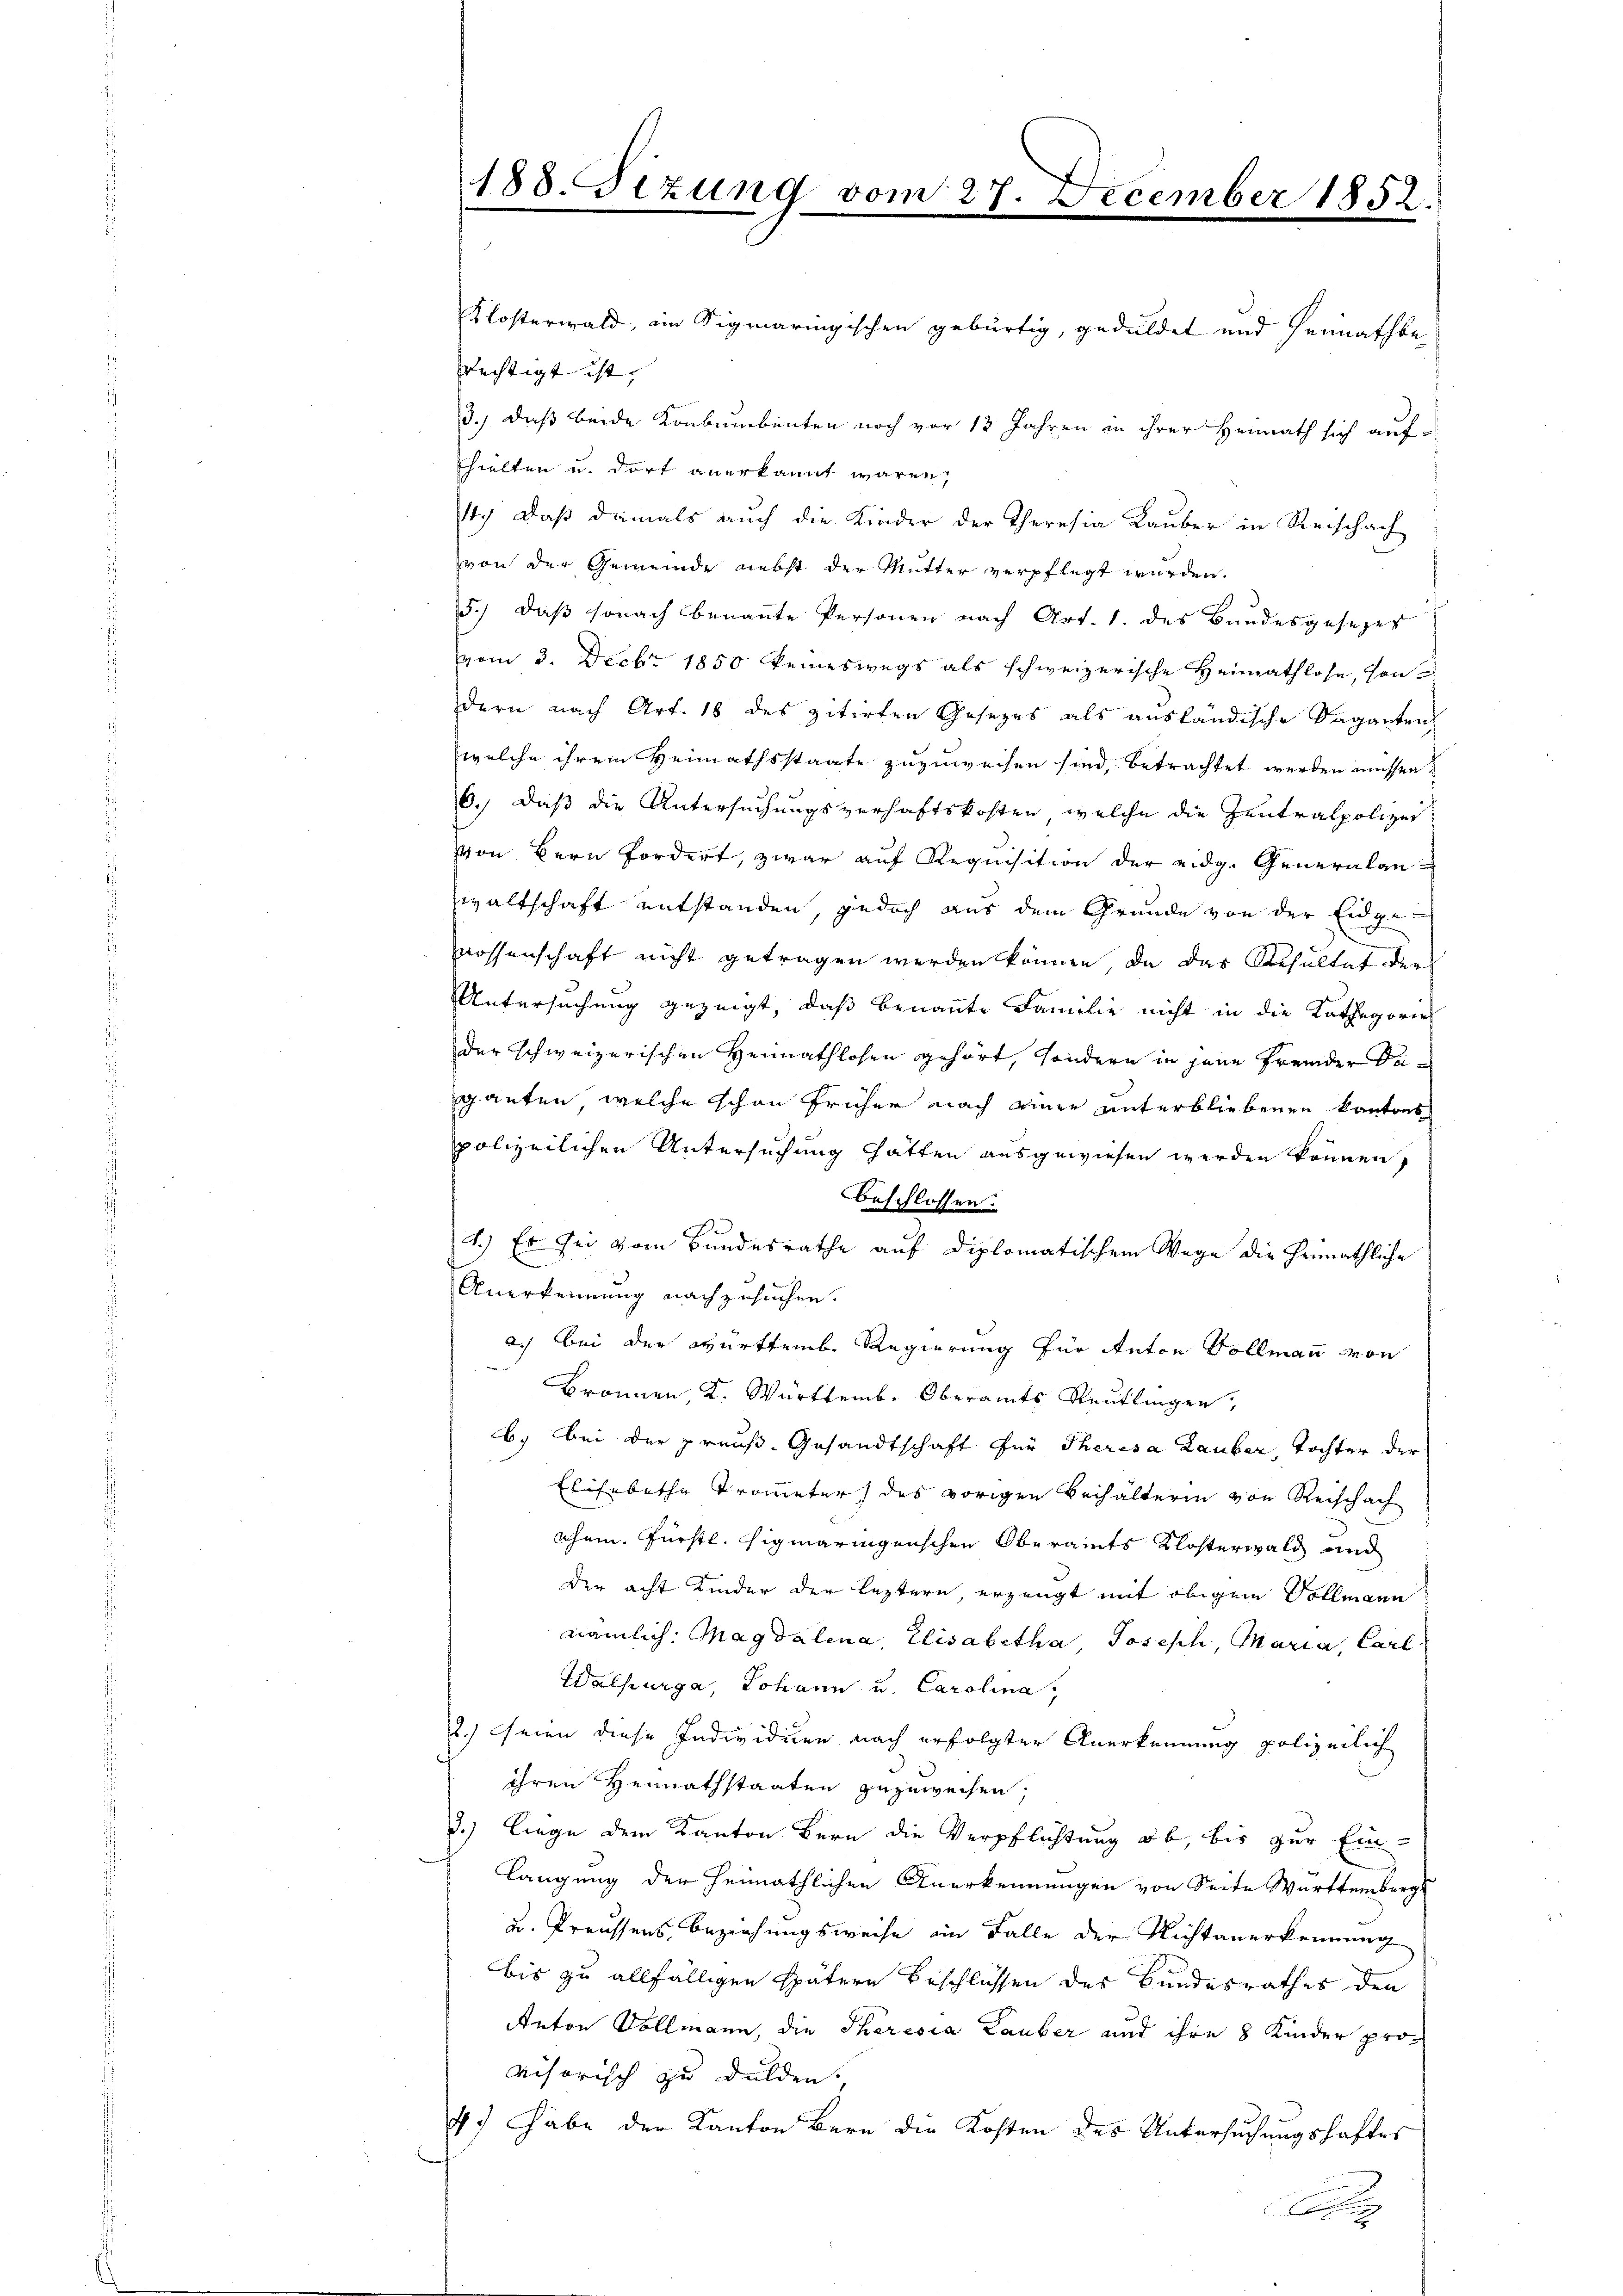
Klosterwald, ein Sigmaringischen gebürtig, geduldet und heimathbe-
rechtigt ist, |
3.) daß beide Konbumbenten noch vor 13 Jahren in ihrer Heimath sich aufhielten u. dort anerkannt waren,
4. daβ damals auch die Kinder der Theresia Laŭber in Reischach
von der Gemeinde nebst der Mutter verpflegt wurden.
5.) daß sonach benaṅte Personen nach Art. 1. des Bundesgesetzes
vom 3. Decbr 1850 keineswegs als schweizerische Heimathlose, sondern nach Art. 18 des zitirten Gesezes als ausländische Vaganten
welche ihrem Heimathsstaate zuzuweisen sind, betrachtet werden müssen.
6.) Daß die Untersuchungsverhaftskosten, welche die Zentralpolizei
von Bern fordert, zwar auf Requisition der eidg. Generalanwaltschaft entstanden, jedoch aus dem Grunde von der Eidge-
Rossenschaft nicht getragen werden können, da das Resultat der
Untersuchung gezeigt, daß benannte Familie nicht in die Kathegorie
der schweizerischen Heimathlosen gehört, sondern in jene Fremder Deiganten, welche schon früher nach einer unterbliebenen kantons
polizeilichen Untersuchung hätten ausgewiesen werden können,
beschlossen:
1.) Es sei vom Bundesrathe auf diplomatischem Wege die Heimathliche
Anerkennung nachgesuchen.
a.) Bei der Württemb. Regierung für Anton Vollmann von
Bronnen, K. Württemb. Oberamts Reutlingen,
b. bei der preuß. Gesandtschaft für Theresa Lauber, Tochter der
Elisabethe Trometer) des vorigen Behälterin von Reischach
chem Fürstl. higmaringenschen Oberamts Klosterwald und
der acht Kinder der leztern, erzeugt mit obigem Sollegen
nämlich. Magdalena, Elisabetha Joseph, Maria, Carl
Walhurga, Johann u. Carolina,
1.) Seien diese Individuen nach erfolgter Anerkennung polizeilich
ihren Heimathstaaten zuzuweisen,
3.) Liege dem Kanton Bern die Verpflichtung ob, bis zur Ein-
d
langung der heimathlichen Anerkennungen von Seite Württemberg
u. Preussens Beziehungsweise ein Falle der Nichtanerkennung
bis zu allfälligen spätern Beschlüssen des Bundesrathes den
Anton Vollmann, die Thoresia Lauber und ihre 8 Kinder provisorisch zu dulden,
7) Habe der Kanton Bern die Kosten des Untersuchungshaftes

188. Fizung vom 27. December 1852.
2